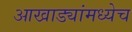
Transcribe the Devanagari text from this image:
आखाड्यांमध्येच